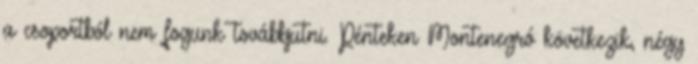
a csoportból nem fogunk továbbjutni. Pénteken Montenegró következik, négy